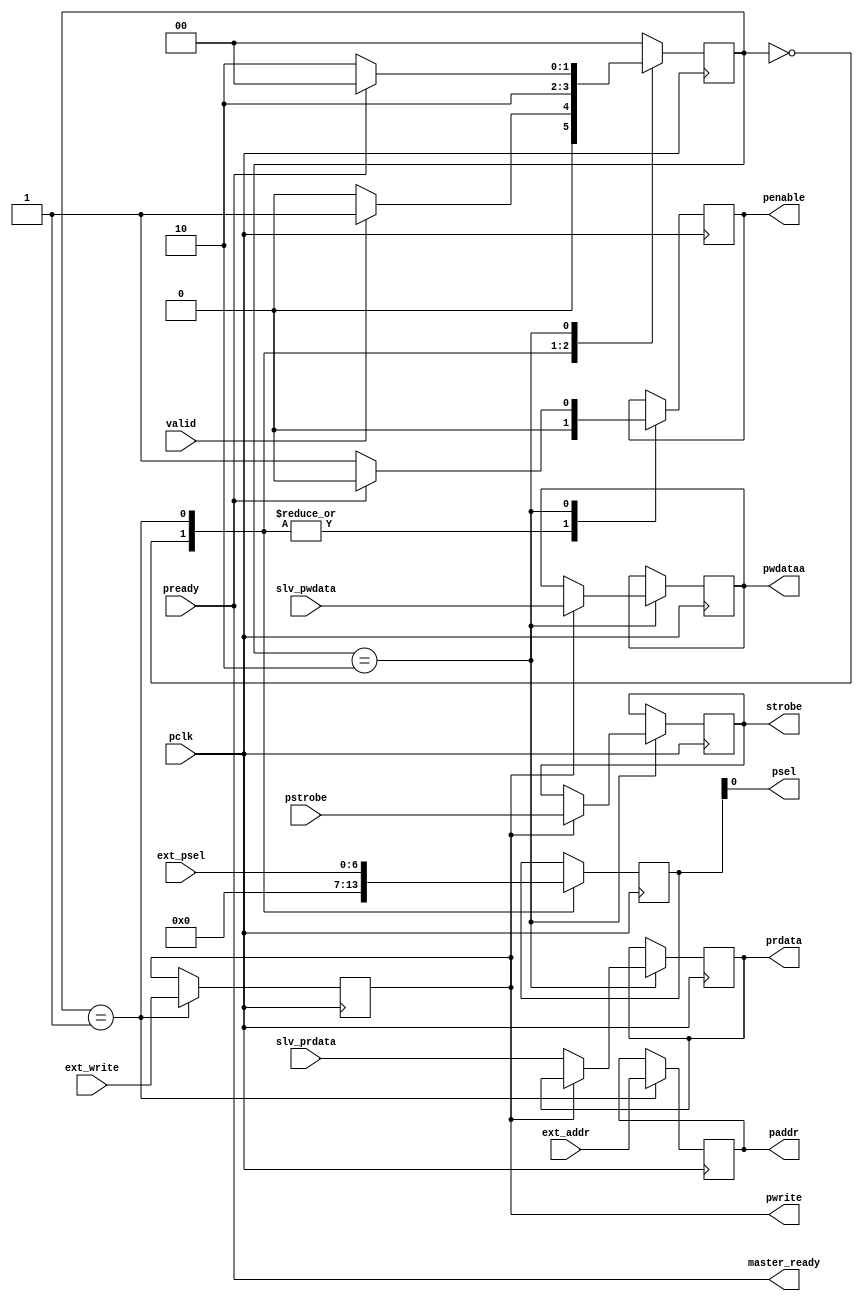
module apb_master(
input              pclk,
input              valid,      
input [6:0]        ext_psel,   
input              ext_write,  
input [31:0]       ext_addr,    
input   wire       pready,     
input [31:0]       slv_prdata,
input [31:0]       slv_pwdata,  
input [1:0]        pstrobe,                             
output             psel,       
output             penable,  
output             pwrite,
output [31:0]      pwdataa, 
output [31:0]      prdata,     
output [31:0]      paddr,
output [1:0]       strobe,
output             master_ready
);

reg                r_penable=0;
reg [31:0]         r_prdata=0;
reg [31:0]          r_pwdataa;
reg [6:0]          r_ext_psel;
reg [31:0]         r_ext_addr= 0;
reg                r_ext_write;  
reg [1:0]          r_strobe;    
reg [1:0]          p_state=2'd0;
parameter          IDLE = 2'd0;
parameter          SETUP = 2'd1;
parameter          ACCESS = 2'd2;

always @(posedge pclk) begin
    case (p_state)
       IDLE :       begin             
                        r_penable <= 0;     
                        r_ext_psel <= 7'd0;
                        p_state <= valid ? SETUP : IDLE;
                    end

      SETUP : begin
              r_penable <= 0;
              r_ext_psel <= ext_psel;
              r_ext_addr <= ext_addr;
              r_ext_write <= ext_write;  
              p_state <= ACCESS;
            end

      ACCESS : begin         
                      r_penable <= 1'b1;
                    if(r_ext_write == 1) begin   
                    r_strobe   <= pstrobe;
                    r_pwdataa <= slv_pwdata;
                    end
                    else if (r_ext_write==0)
                      begin
                        r_prdata <= slv_prdata;

                      end
                    if(pready) begin
                    p_state <= IDLE;
                    r_penable <= 1'b0;
                    end
                    else
                    p_state <=ACCESS;
                end
      default: p_state <= IDLE; 
    endcase
  end     
        
 assign penable = r_penable;
 assign psel = r_ext_psel[0];
 assign pwrite = r_ext_write;
 assign paddr = r_ext_addr;
 assign prdata = r_prdata;
 assign pwdataa= r_pwdataa;
 assign strobe = r_strobe;
 assign master_ready = pready;
endmodule